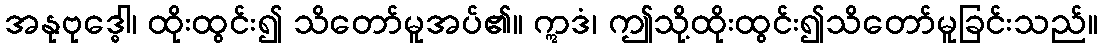
အနုဗုဒ္ဓေါ၊ ထိုးထွင်း၍ သိတော်မူအပ်၏။ ဣဒံ၊ ဤသို့ထိုးထွင်း၍သိတော်မူခြင်းသည်။